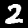
Label: 2